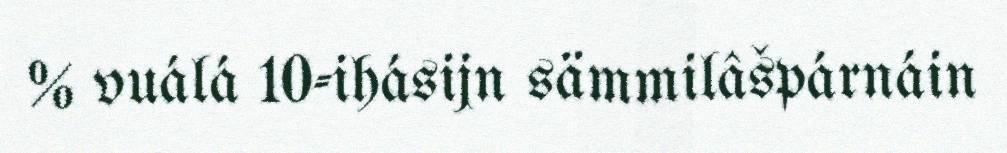
% vuálá 10-ihásijn sämmilâšpárnáin